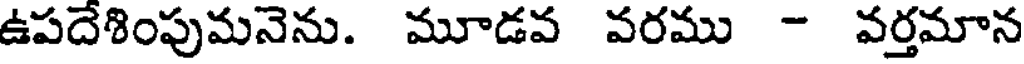
ఉపదేశింపుమనెను. మూడవ వరము - వర్తమాన